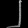
Digit: ၂